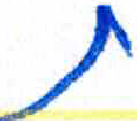
אות: ת